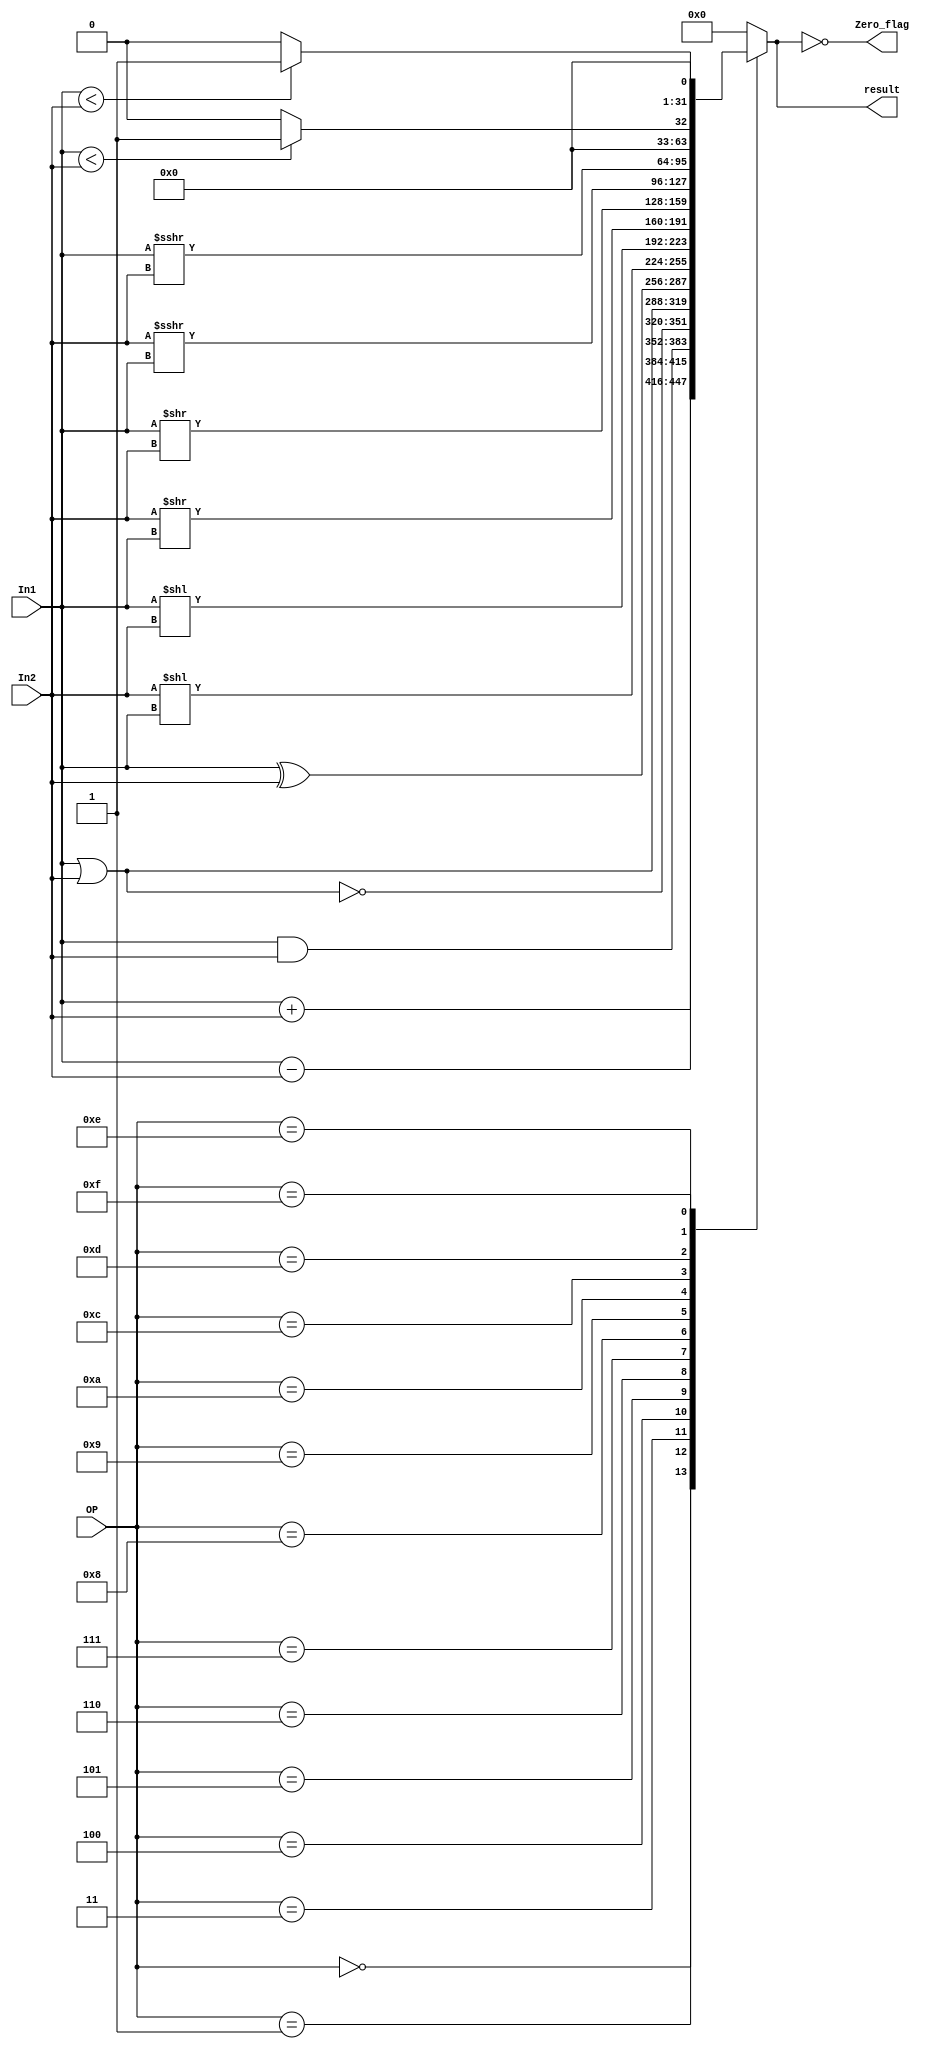
module Ula (In1, In2, OP, result, Zero_flag);
	
	input wire [31:0] In1;
	input wire [31:0] In2;
	input wire [3:0] OP;
	output reg [31:0] result;
	output wire Zero_flag;
	
	assign Zero_flag = (result == 0);

	always@ (*) begin
			
		case (OP)
			 0: result <= In1 + In2; 
          1: result <= In1 - In2;
          3: result <= In1 & In2; 
          4: result <= ~(In1 | In2); 
          5: result <= In1 | In2;
          6: result <= In1 ^ In2; 
          7: result <= In2 << (In1); 
          8: result <= In1 << (In2); 
          9: result <= In2 >> (In1); 
          10: result <= In1 >> (In2); 
          12: result <= In2 >>> (In1); 
          13: result <= In1 >>> (In2); 
          14: result <=  ($signed(In1) < $signed(In2)) ? 1 : 0; 
          15: result <= (In1 < In2) ? 1 : 0 ;
        default: result <= 0;
		endcase
	end

endmodule